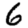
Digit: 6